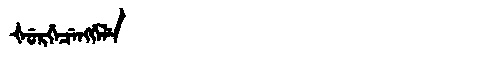
Manchu: ᡧᡠᡵᡤᡝᠴᡝᠩᡤᡝᠯᡝ
Romanization: ŠURGECENGGELE